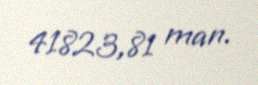
41823,81 man.